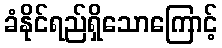
ခံနိုင်ရည်ရှိသောကြောင့်